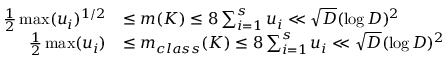
\begin{array} { r l } { \frac { 1 } { 2 } \operatorname* { m a x } ( u _ { i } ) ^ { 1 / 2 } } & { \leq m ( K ) \leq 8 \sum _ { i = 1 } ^ { s } u _ { i } \ll \sqrt { D } ( \log D ) ^ { 2 } } \\ { \frac { 1 } { 2 } \operatorname* { m a x } ( u _ { i } ) } & { \leq m _ { c l a s s } ( K ) \leq 8 \sum _ { i = 1 } ^ { s } u _ { i } \ll \sqrt { D } ( \log D ) ^ { 2 } } \end{array}